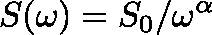
S ( \mathit { \omega } ) = S _ { 0 } / \mathit { \omega } ^ { \alpha }